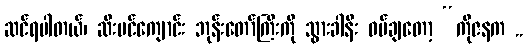
ဆင်ရပါတယ်၊ ဆီးပင်ကျောင်း ဘုန်းတော်ကြီးကို သွားခါနီး ဝပ်ချတော့ “ကိုဇနက ..